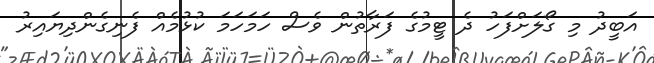
އަބީދު މި ގޯލަށްފަހު ދެ ޓީމުގެ ފަރާތުން ވެސް ހަމަހަމަ ކުޅުމެއް ފެނިގެންދިޔައިރު